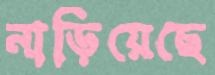
নাড়িয়েছে